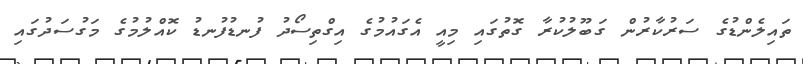
ތައިލެންޑުގެ ސަރުކާރުން ގަބޫލުކުރާ ގޮތުގައި މިއީ އެގައުމުގެ އިގްތިސޯދު ފުނޑުފުނޑު ކޮއްލުމުގެ މަގުސަދުގައި